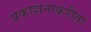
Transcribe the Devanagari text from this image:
प्रकाशनाकरीता